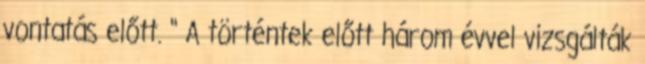
vontatás előtt. " A történtek előtt három évvel vizsgálták